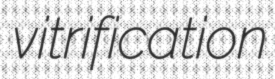
vitrification